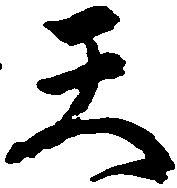
天